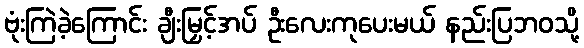
ဗုံးကြဲခဲ့ကြောင်း ချီးမြှင့်အပ် ဦးလေးကုပေးမယ် နည်းပြဘဝသို့